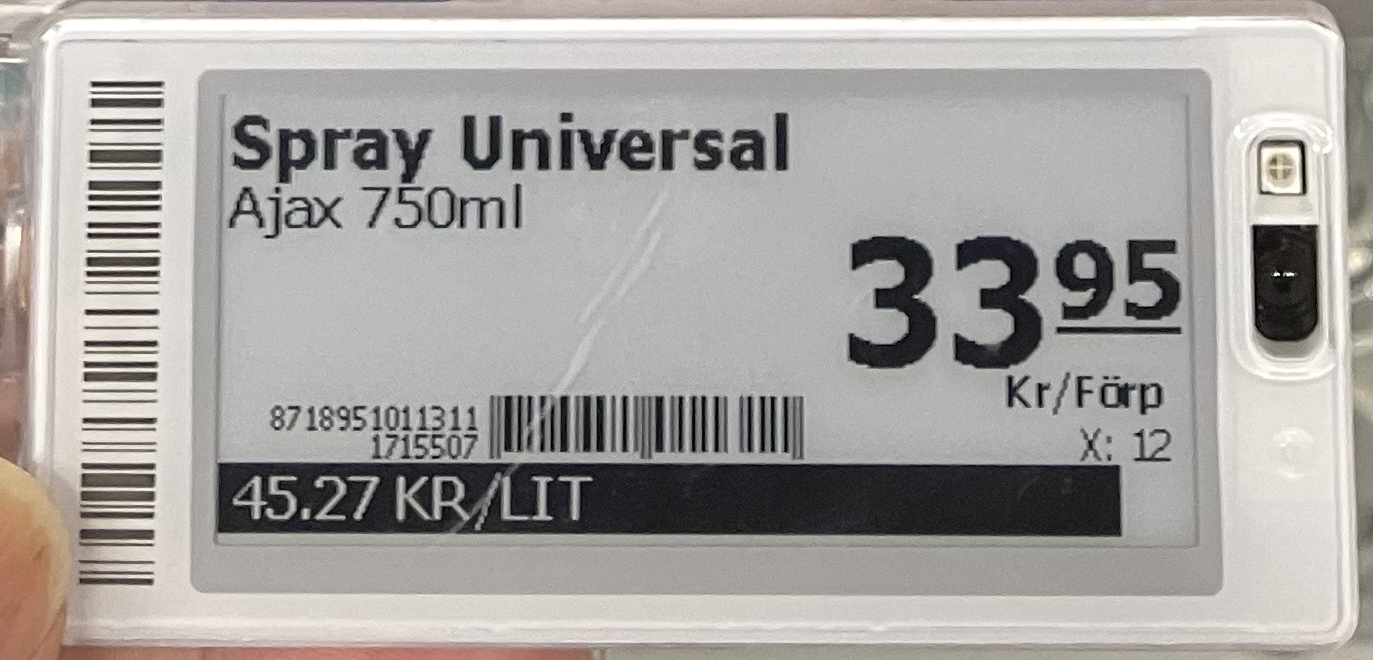
Vara: Spray Universal
Genomsnittspris: 45.27 per L